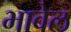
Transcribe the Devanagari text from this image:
भावेल